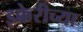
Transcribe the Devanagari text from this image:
इक्केरीच्या